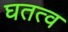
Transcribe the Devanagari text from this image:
घतत्व